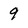
Character: 9